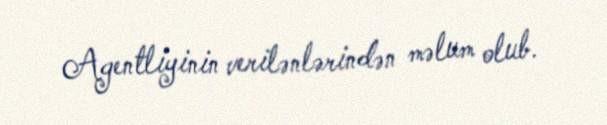
Agentliyinin verilənlərindən məlum olub.